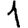
Digit: 1